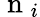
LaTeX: \mathrm{~n~}_{i}